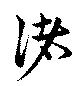
諸